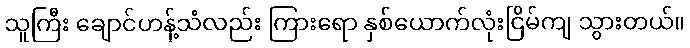
သူကြီး ချောင်ဟန့်သံလည်း ကြားရော နှစ်ယောက်လုံးငြိမ်ကျ သွားတယ်။